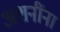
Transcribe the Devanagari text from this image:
अशनींना